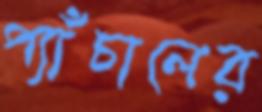
প্যাঁচালের